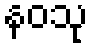
နဝသု